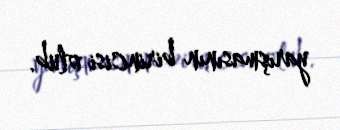
yarışmasının birincisi olub.